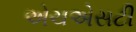
એચએસટી